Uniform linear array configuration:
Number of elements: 48
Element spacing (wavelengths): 0.5
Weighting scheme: hann
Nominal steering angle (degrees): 0
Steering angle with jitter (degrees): -0.7076
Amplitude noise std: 0.05
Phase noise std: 0.05

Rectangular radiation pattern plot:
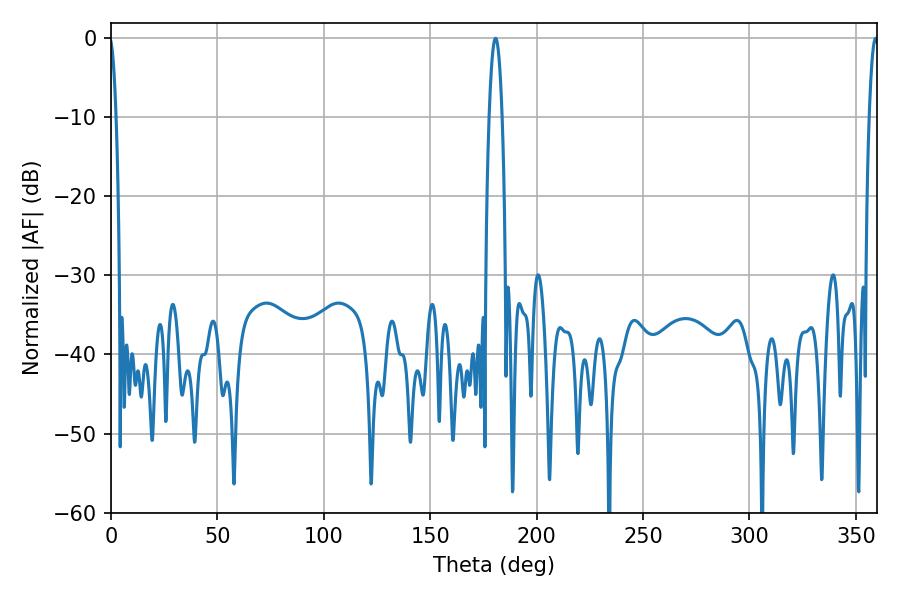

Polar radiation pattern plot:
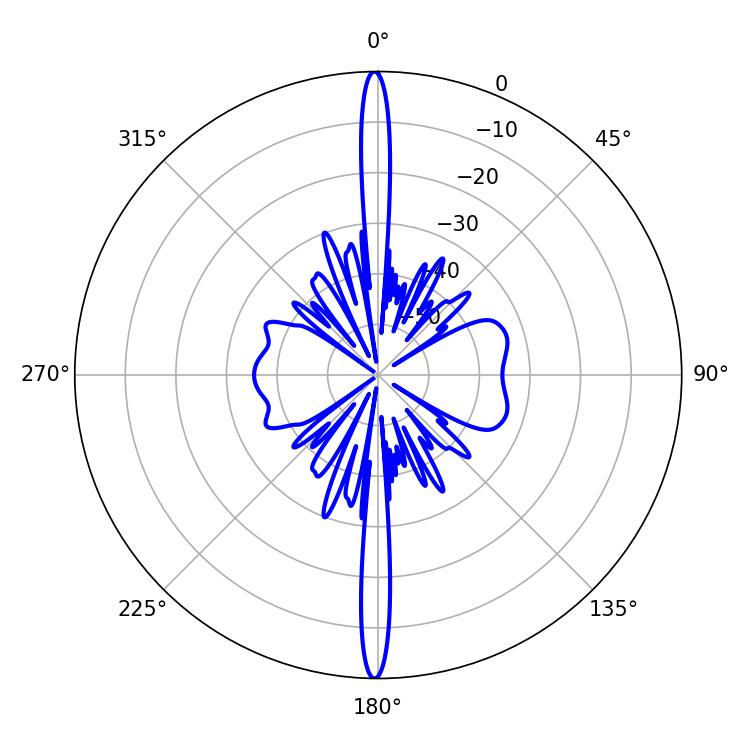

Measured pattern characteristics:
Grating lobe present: FALSE
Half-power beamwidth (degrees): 3.24
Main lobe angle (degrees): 180.72